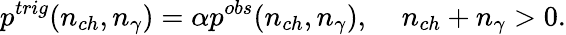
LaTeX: p^{trig}(n_{ch},n_{\gamma})=\alpha p^{obs}(n_{ch},n_{\gamma}),\; \; \; \; n_{ch}+n_{\gamma}>0.